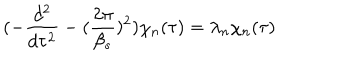
( - \frac { d ^ { 2 } } { d \tau ^ { 2 } } - ( \frac { 2 \pi } { \beta _ { s } } ) ^ { 2 } ) \chi _ { n } ( \tau ) = \lambda _ { n } \chi _ { n } ( \tau )